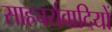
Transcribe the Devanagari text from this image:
साहचर्यवादियों